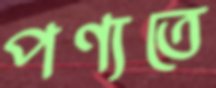
পণ্যতে